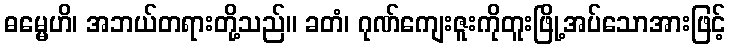
ဓမ္မေဟိ၊ အဘယ်တရားတို့သည်။ ခတံ၊ ဂုဏ်ကျေးဇူးကိုတူးဖြို့အပ်သောအားဖြင့်